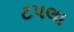
ટપલા